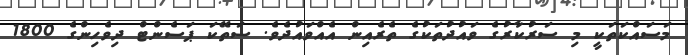
މަސައްކަތަކީ މި ސަރުކާރުގެ ވައުދުތަކުގެ ތެރެއިން އެއްވައުދެވެ. ސަތޭކަ ޕަސެންޓް ދިވެހިންގެ 1800